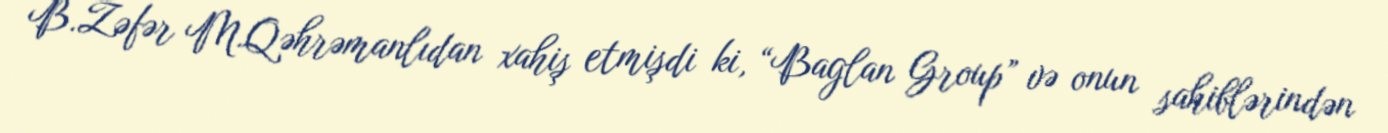
B.Zəfər M.Qəhrəmanlıdan xahiş etmişdi ki, “Baglan Group” və onun sahiblərindən